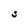
Character: S